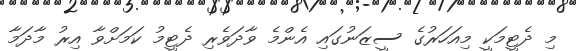
މި ދެޓީމަކީ މިއަހަރުގެ ސީޒަނުގައި އެންމެ ވާދަވެރި ދެޓީމު ކަމަށްވާ އިރު މާދަމާ